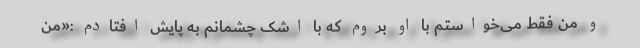
و من فقط می‌خواستم با او بروم که با اشک چشمانم به پایش افتادم :«من